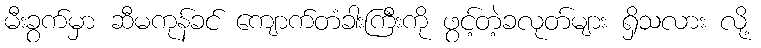
မီးခွက်မှာ ဆီမကုန်ခင် ကျောက်တံခါးကြီးကို ဖွင့်တဲ့ခလုတ်များ ရှိသလား လို့